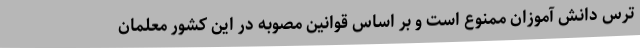
ترس دانش آموزان ممنوع است و بر اساس قوانین مصوبه در این کشور معلمان